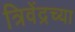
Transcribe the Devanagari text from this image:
त्रिवेंद्रच्या